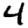
Digit: 4